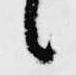
候